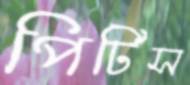
পিটিস